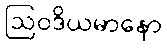
ဩဝဒိယမာနော